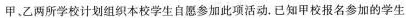
甲、乙两所学校计划组织本校学生自愿参加此项活动。已知甲校报名参加的学生